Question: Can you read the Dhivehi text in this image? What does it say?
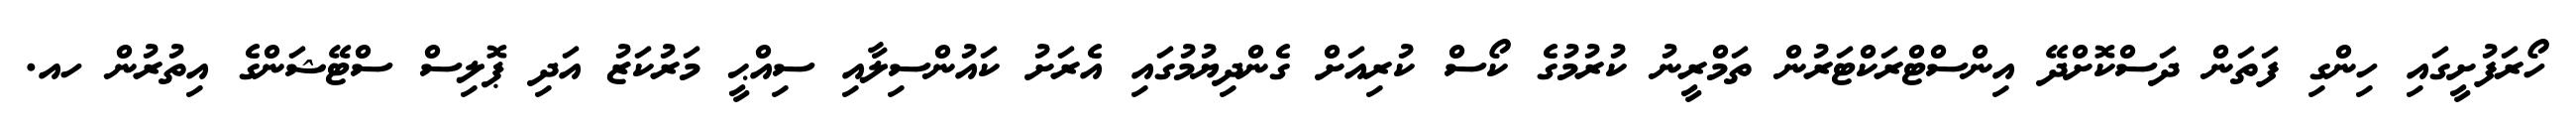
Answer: ހޯރަފުށީގައި ހިންގި ފަތަން ދަސްކޮށްދޭ އިންސްޓްރަކްޓަރުން ތަމްރީނު ކުރުމުގެ ކޯސް ކުރިއަށް ގެންދިޔުމުގައި އެރަށު ކައުންސިލާއި ސިއްޙީ މަރުކަޒު އަދި ޕޮލިސް ސްޓޭޝަންގެ އިތުރުން ހއ.